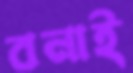
বনাই